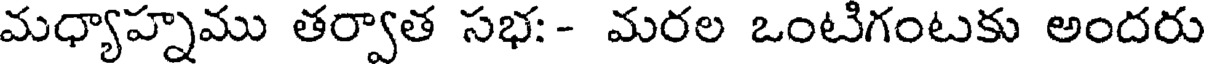
మధ్యాహ్నము తర్వాత సభః- మరల ఒంటిగంటకు అందరు